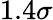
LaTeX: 1.4\sigma